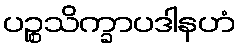
ပဉ္စသိက္ခာပဒါနဟံ